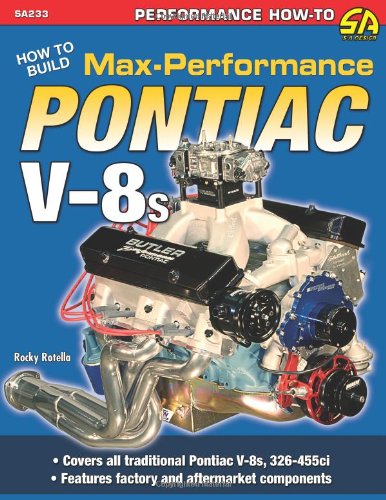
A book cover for How to Build Max-Performance Pontiac V-8s (S-A Design); Rocky Rotella; Engineering & Transportation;